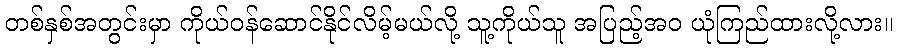
တစ်နှစ်အတွင်းမှာ ကိုယ်ဝန်ဆောင်နိုင်လိမ့်မယ်လို့ သူ့ကိုယ်သူ အပြည့်အဝ ယုံကြည်ထားလို့လား။